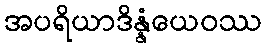
အပရိယာဒိန္နံယေဝဿ